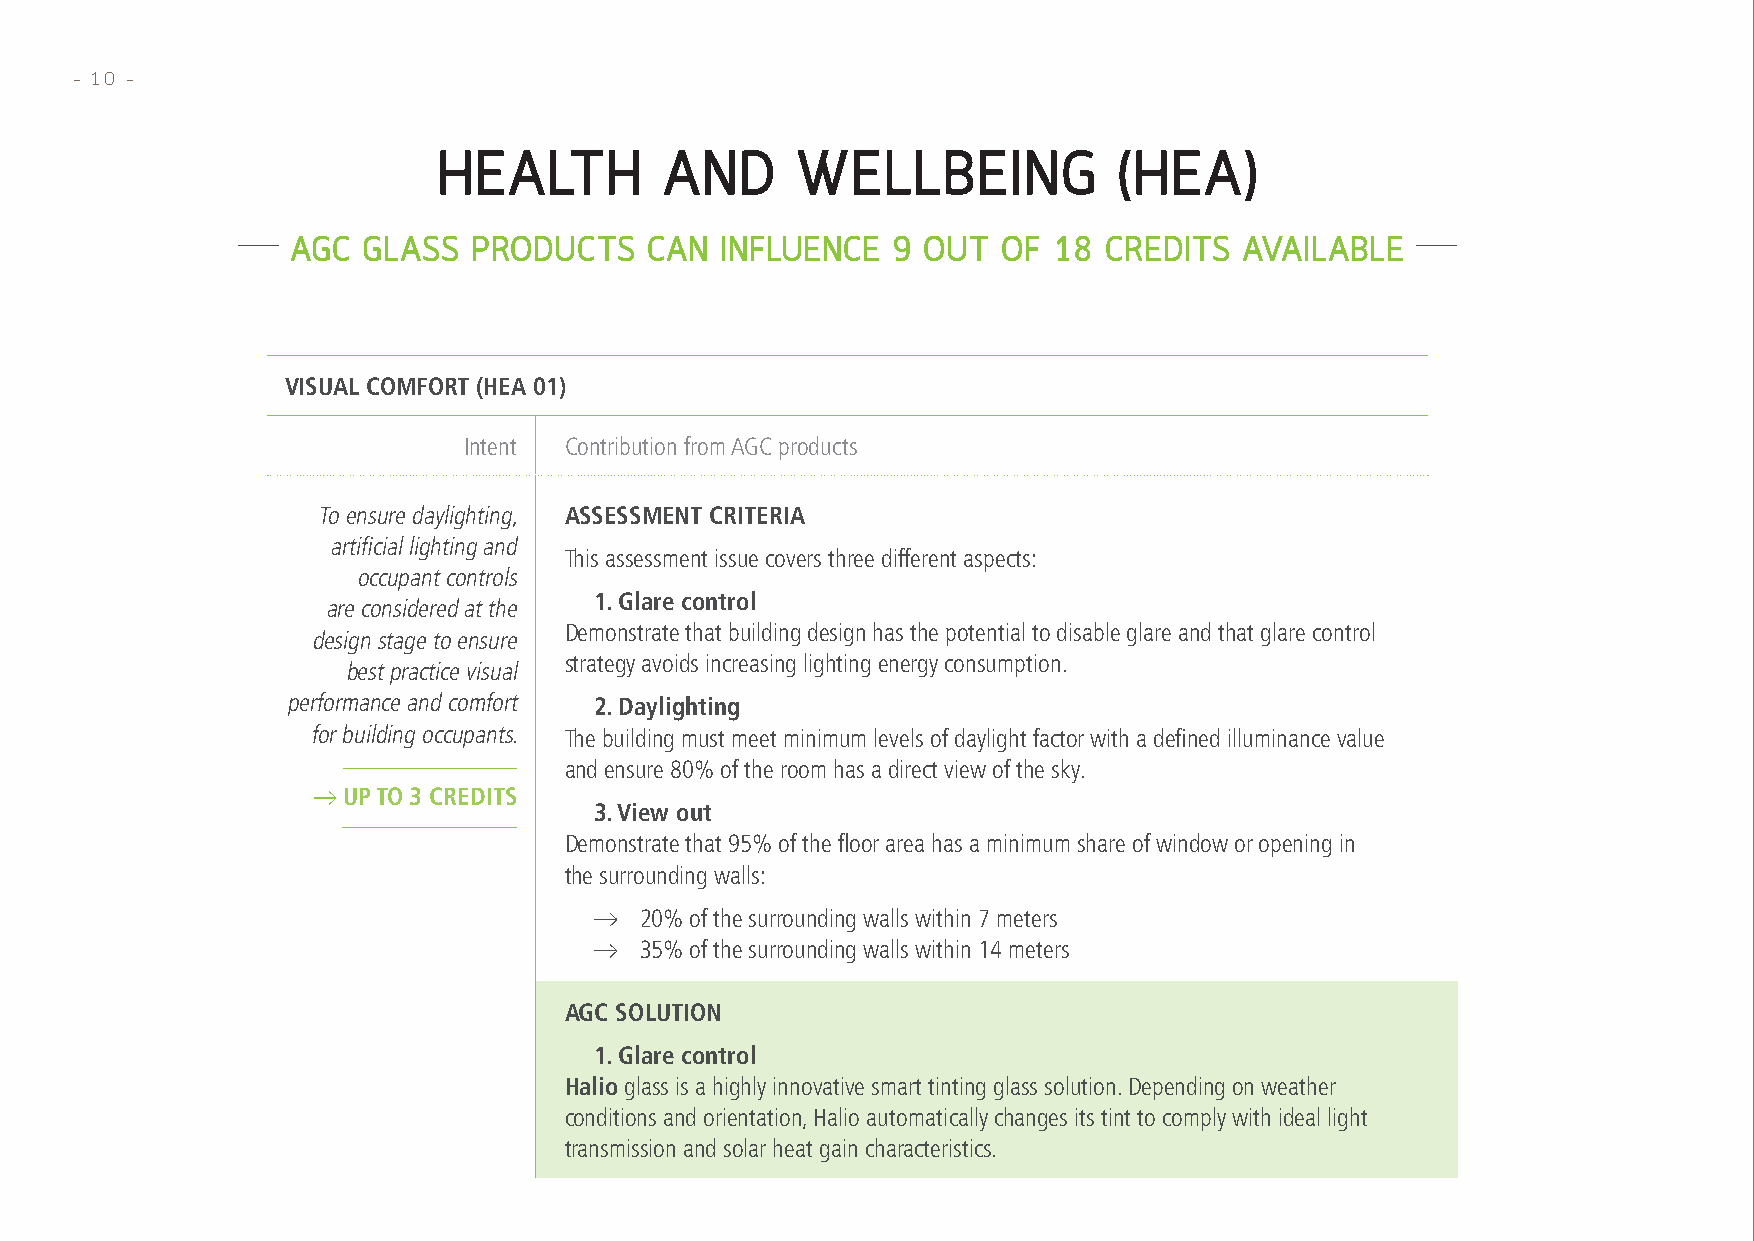
– 10 –
 HEALTH         AND      WELLBEING            (HEA)
 AGC  GLASS  PRODUCTS    CAN  INFLUENCE  9 OUT  OF  18 CREDITS  AVAILABLE
 VISUAL COMFORT (HEA 01)
 Intent Contribution from AGC products
 To ensure daylighting, ASSESSMENT CRITERIA
 artificial lighting and
 This assessment issue covers three different aspects:
 occupant controls
 1. Glare control
 are considered at the
 Demonstrate that building design has the potential to disable glare and that glare control
 design stage to ensure
 strategy avoids increasing lighting energy consumption.
 best practice visual
 performance and comfort 2. Daylighting
 for building occupants. The building must meet minimum levels of daylight factor with a defined illuminance value
 and ensure 80% of the room has a direct view of the sky.
 UP TO 3 CREDITS
 3. View out
 Demonstrate that 95% of the floor area has a minimum share of window or opening in
 the surrounding walls:
 20% of the surrounding walls within 7 meters
 35% of the surrounding walls within 14 meters
 AGC SOLUTION
 1. Glare control
 Halio glass is a highly innovative smart tinting glass solution. Depending on weather
 conditions and orientation, Halio automatically changes its tint to comply with ideal light
 transmission and solar heat gain characteristics.